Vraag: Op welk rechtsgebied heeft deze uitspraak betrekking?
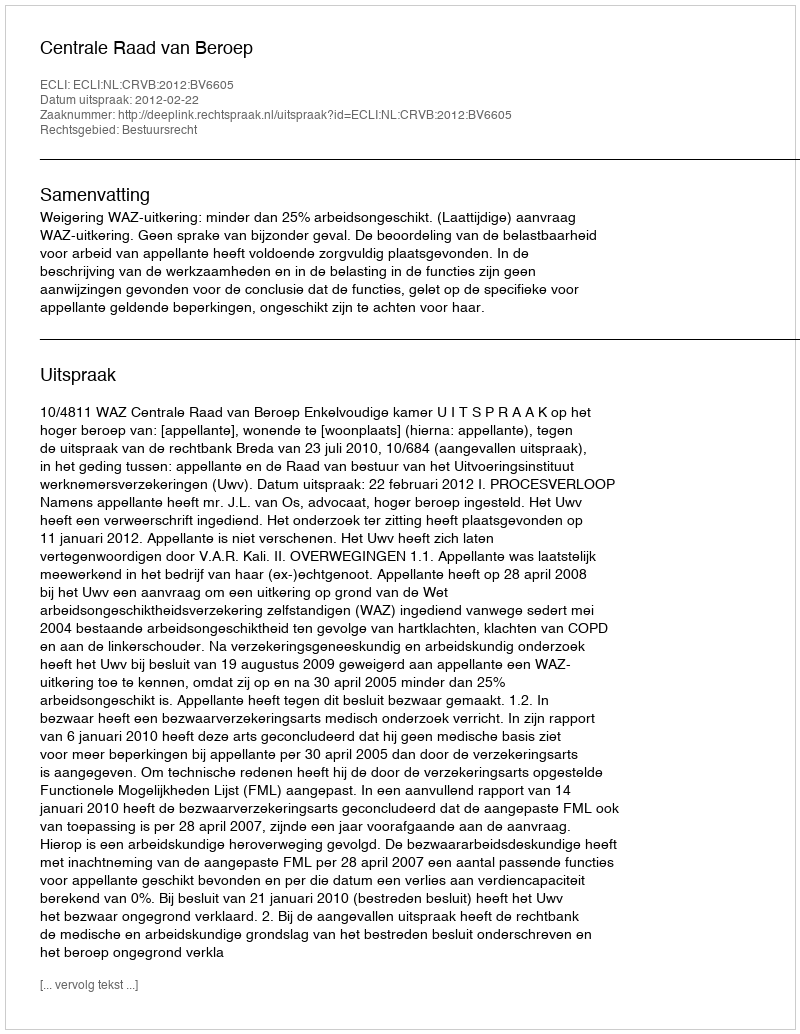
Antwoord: Bestuursrecht